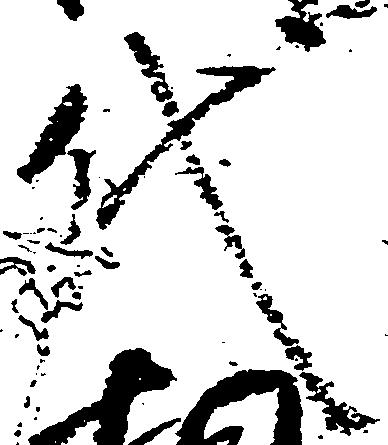
代